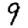
Digit: 9